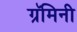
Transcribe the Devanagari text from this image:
ग्रॅमिनी